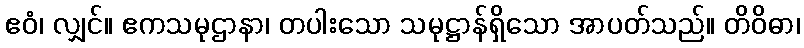
ဧဝံ၊ လျှင်။ ဧကသမုဌာနာ၊ တပါးသော သမုဋ္ဌာန်ရှိသော အာပတ်သည်။ တိဝိဓာ၊